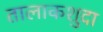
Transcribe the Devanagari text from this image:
तालाकशुदा